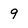
Character: 9